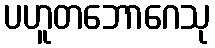
ပဟူတဘောဂေသု